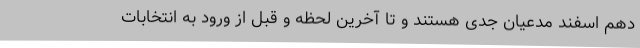
دهم اسفند مدعیان جدی هستند و تا آخرین لحظه و قبل از ورود به انتخابات